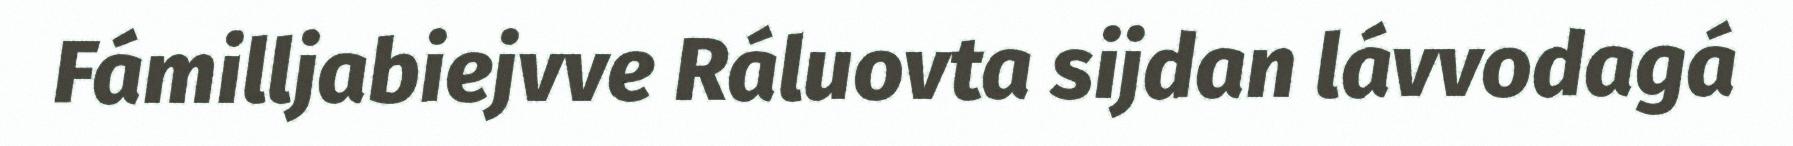
Fámilljabiejvve Ráluovta sijdan lávvodagá